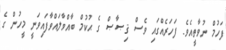
ފަހުމް ނުވާތީއެވެ. ފަހަރެއްގައި ވެސް ޤިޞާޞް ގެ ޙުކުމް ބާއްވާލައްވާފައިވަނީ މީހުން ގެ